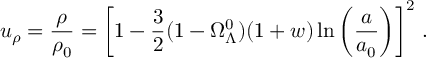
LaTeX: u _ { \rho } = \frac { \rho } { \rho _ { 0 } } = \left[ 1 - \frac { 3 } { 2 } ( 1 - \Omega _ { \Lambda } ^ { 0 } ) ( 1 + w ) \ln \left( \frac { a } { a _ { 0 } } \right) \right] ^ { 2 } \, .